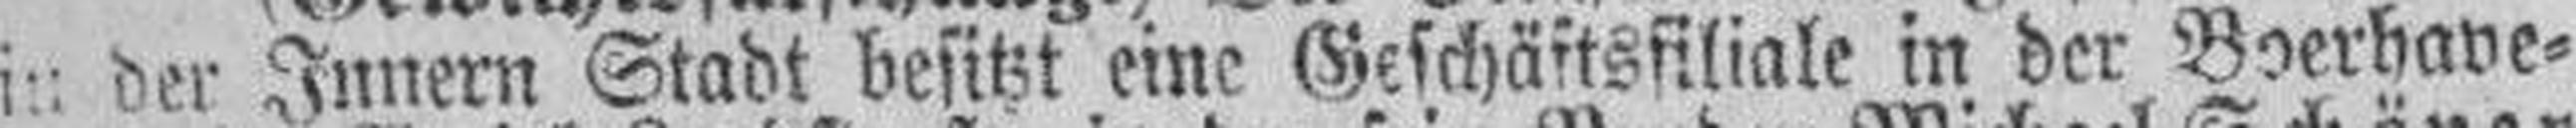
in der Innern Stadt besitzt eine Geschäftsfiliale in der Boerhave¬